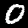
Label: 0